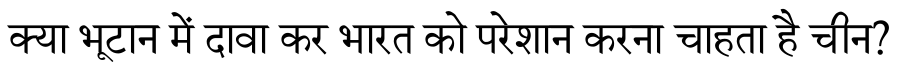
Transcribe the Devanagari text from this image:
क्या भूटान में दावा कर भारत को परेशान करना चाहता है चीन?